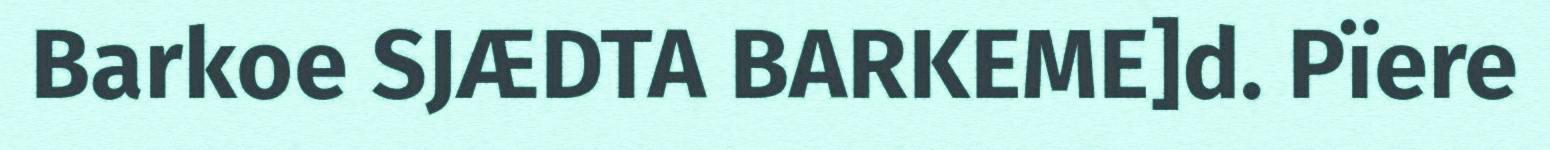
Barkoe SJÆDTA BARKEME]d. Pïere